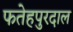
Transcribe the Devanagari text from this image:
फतेहपुरदाल